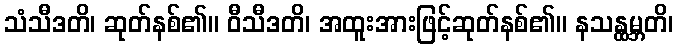
သံသီဒတိ၊ ဆုတ်နစ်၏။ ဝီသီဒတိ၊ အထူးအားဖြင့်ဆုတ်နစ်၏။ နသန္ထမ္ဘတိ၊